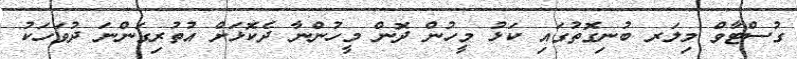
ގުސްޓާވް މިލަރ ބުނިގޮތުގައި ކަޅު މީހުން ދޮން މީހުންނާ ދެކޮޅަށް އުތުރިގަންނަ ދުވަހަކު